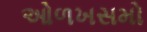
ઓળખસમો